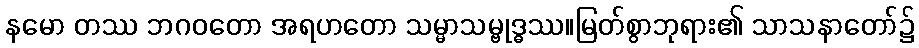
နမော တဿ ဘဂဝတော အရဟတော သမ္မာသမ္ဗုဒ္ဓဿ။မြတ်စွာဘုရား၏ သာသနာတော်၌